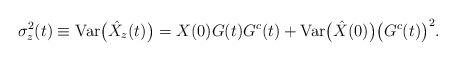
LaTeX: \begin{align*} \sigma^2_{z} (t) \equiv \operatorname{Var}\bigl(\hat{X}_z (t)\bigr) = X (0) G (t) G^c (t) + \operatorname{Var}\bigl(\hat{X} (0)\bigr) \bigl(G^c (t)\bigr)^2.\end{align*}